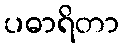
ပဓာရိတာ